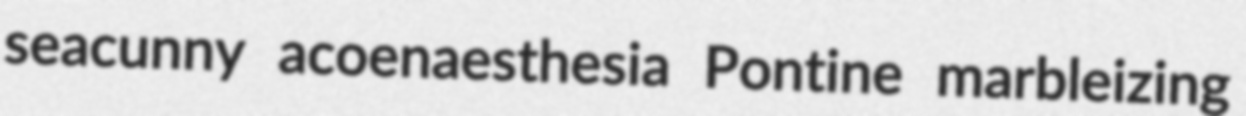
seacunny acoenaesthesia Pontine marbleizing